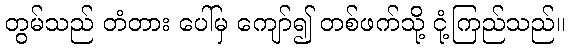
တွမ်သည် တံတား ပေါ်မှ ကျော်၍ တစ်ဖက်သို့ ငုံ့ကြည်သည်။